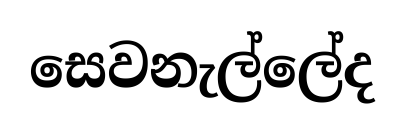
සෙවනැල්ලේද